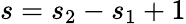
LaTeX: s=s_{2}-s_{1}+1